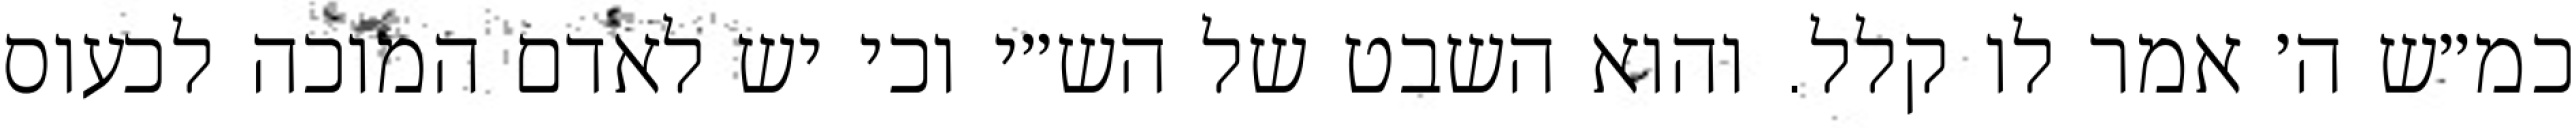
כמ״ש ה׳ אמר לו קלל. והוא השבט של הש״י וכי יש לאדם המוכה לכעוס